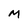
Character: M